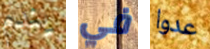
يندم في عدوا